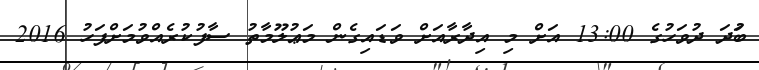
ބުަދަ ދުވަހުގެ 13:00 އަށް މި އިދާރާއަށް ވަޑައިގެން މަޢުލޫމާތު ސާފުކުރެއްވުމަށްފަހު 2016